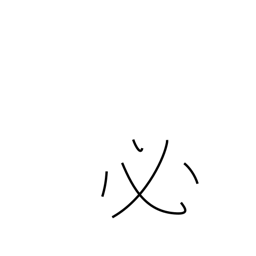
Meaning: certain